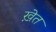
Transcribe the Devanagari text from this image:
ख़ेत